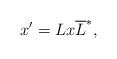
\begin{align*}x^{\prime }=Lx\overline{L}^{*} , \end{align*}